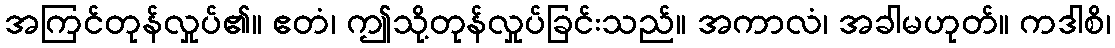
အကြင်တုန်လှုပ်၏။ ဧတံ၊ ဤသို့တုန်လှုပ်ခြင်းသည်။ အကာလံ၊ အခါမဟုတ်။ ကဒါစိ၊